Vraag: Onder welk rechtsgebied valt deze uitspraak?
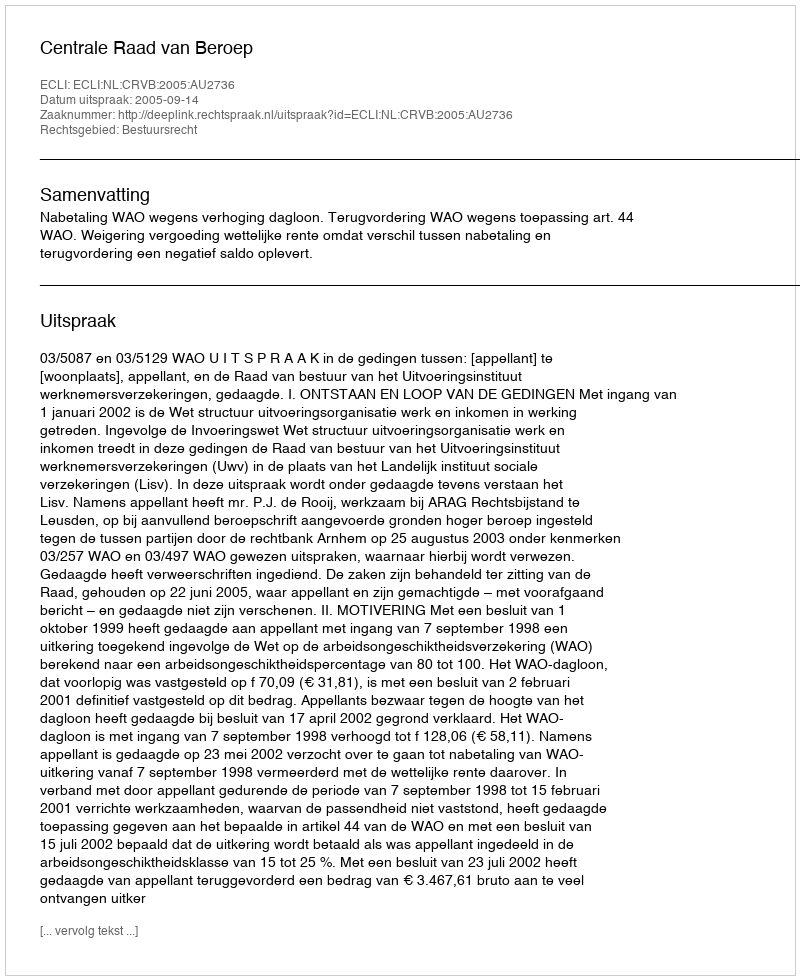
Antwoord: Bestuursrecht